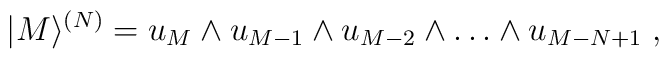
|M\rangle ^{(N)} = u_M\wedge u_{M-1}\wedge u_{M-2}\wedge \dots \wedge u_{M-N+1}\; ,